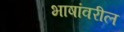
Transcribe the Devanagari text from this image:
भाषांवरील